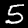
Digit: 5